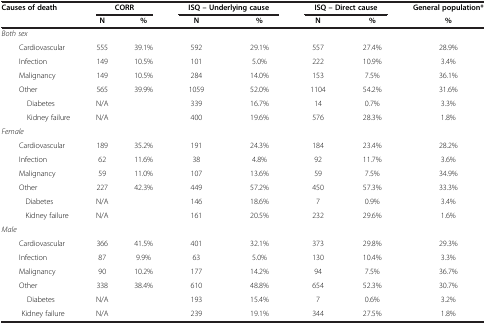
<table><thead><tr><td><b>Causes of death</b></td><td colspan="2"><b>CORR</b></td><td colspan="2"><b>ISQ – Underlying cause</b></td><td colspan="2"><b>ISQ – Direct cause</b></td><td><b>General population*</b></td></tr><tr><td>[EMPTY_CELL]</td><td><b>N</b></td><td><b>%</b></td><td><b>N</b></td><td><b>%</b></td><td><b>N</b></td><td><b>%</b></td><td><b>%</b></td></tr></thead><tbody><tr><td><i>Both sex</i></td><td>[EMPTY_CELL]</td><td>[EMPTY_CELL]</td><td>[EMPTY_CELL]</td><td>[EMPTY_CELL]</td><td>[EMPTY_CELL]</td><td>[EMPTY_CELL]</td><td>[EMPTY_CELL]</td></tr><tr><td>Cardiovascular</td><td>555</td><td>39.1%</td><td>592</td><td>29.1%</td><td>557</td><td>27.4%</td><td>28.9%</td></tr><tr><td>Infection</td><td>149</td><td>10.5%</td><td>101</td><td>5.0%</td><td>222</td><td>10.9%</td><td>3.4%</td></tr><tr><td>Malignancy</td><td>149</td><td>10.5%</td><td>284</td><td>14.0%</td><td>153</td><td>7.5%</td><td>36.1%</td></tr><tr><td>Other</td><td>565</td><td>39.9%</td><td>1059</td><td>52.0%</td><td>1104</td><td>54.2%</td><td>31.6%</td></tr><tr><td>Diabetes</td><td>N/A</td><td>[EMPTY_CELL]</td><td>339</td><td>16.7%</td><td>14</td><td>0.7%</td><td>3.3%</td></tr><tr><td>Kidney failure</td><td>N/A</td><td>[EMPTY_CELL]</td><td>400</td><td>19.6%</td><td>576</td><td>28.3%</td><td>1.8%</td></tr><tr><td><i>Female</i></td><td>[EMPTY_CELL]</td><td>[EMPTY_CELL]</td><td>[EMPTY_CELL]</td><td>[EMPTY_CELL]</td><td>[EMPTY_CELL]</td><td>[EMPTY_CELL]</td><td>[EMPTY_CELL]</td></tr><tr><td>Cardiovascular</td><td>189</td><td>35.2%</td><td>191</td><td>24.3%</td><td>184</td><td>23.4%</td><td>28.2%</td></tr><tr><td>Infection</td><td>62</td><td>11.6%</td><td>38</td><td>4.8%</td><td>92</td><td>11.7%</td><td>3.6%</td></tr><tr><td>Malignancy</td><td>59</td><td>11.0%</td><td>107</td><td>13.6%</td><td>59</td><td>7.5%</td><td>34.9%</td></tr><tr><td>Other</td><td>227</td><td>42.3%</td><td>449</td><td>57.2%</td><td>450</td><td>57.3%</td><td>33.3%</td></tr><tr><td>Diabetes</td><td>N/A</td><td>[EMPTY_CELL]</td><td>146</td><td>18.6%</td><td>7</td><td>0.9%</td><td>3.4%</td></tr><tr><td>Kidney failure</td><td>N/A</td><td>[EMPTY_CELL]</td><td>161</td><td>20.5%</td><td>232</td><td>29.6%</td><td>1.6%</td></tr><tr><td><i>Male</i></td><td>[EMPTY_CELL]</td><td>[EMPTY_CELL]</td><td>[EMPTY_CELL]</td><td>[EMPTY_CELL]</td><td>[EMPTY_CELL]</td><td>[EMPTY_CELL]</td><td>[EMPTY_CELL]</td></tr><tr><td>Cardiovascular</td><td>366</td><td>41.5%</td><td>401</td><td>32.1%</td><td>373</td><td>29.8%</td><td>29.3%</td></tr><tr><td>Infection</td><td>87</td><td>9.9%</td><td>63</td><td>5.0%</td><td>130</td><td>10.4%</td><td>3.3%</td></tr><tr><td>Malignancy</td><td>90</td><td>10.2%</td><td>177</td><td>14.2%</td><td>94</td><td>7.5%</td><td>36.7%</td></tr><tr><td>Other</td><td>338</td><td>38.4%</td><td>610</td><td>48.8%</td><td>654</td><td>52.3%</td><td>30.7%</td></tr><tr><td>Diabetes</td><td>N/A</td><td>[EMPTY_CELL]</td><td>193</td><td>15.4%</td><td>7</td><td>0.6%</td><td>3.2%</td></tr><tr><td>Kidney failure</td><td>N/A</td><td>[EMPTY_CELL]</td><td>239</td><td>19.1%</td><td>344</td><td>27.5%</td><td>1.8%</td></tr></tbody></table>